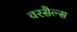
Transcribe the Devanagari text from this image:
वरसैल्स